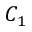
C _ { 1 }